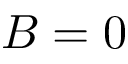
B = 0